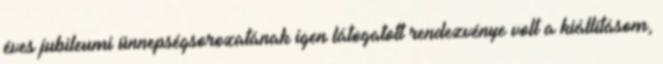
éves jubileumi ünnepségsorozatának igen látogatott rendezvénye volt a kiállításom,